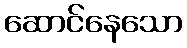
ဆောင်နေသော